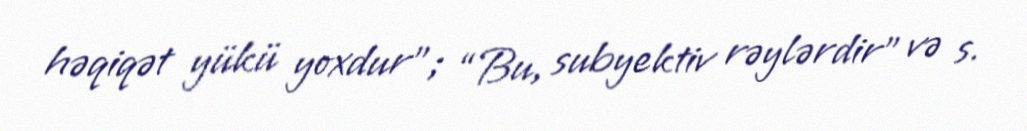
həqiqət yükü yoxdur”; “Bu, subyektiv rəylərdir” və s.